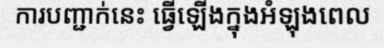
ការបញ្ជាក់នេះ ធ្វើឡើងក្នុងអំឡុងពេល